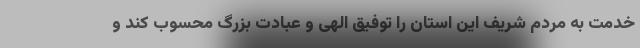
خدمت به مردم شریف این استان را توفیق الهی و عبادت بزرگ محسوب کند و